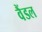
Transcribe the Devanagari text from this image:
वैंडल